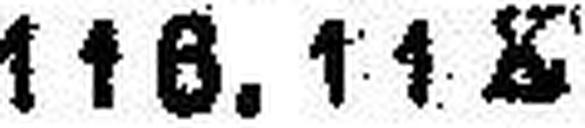
116.11 K